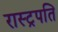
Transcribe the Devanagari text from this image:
रास्ट्रपति